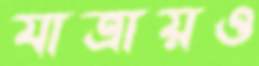
যাত্রায়ও